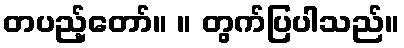
တပည့်တော်။ ။ တွက်ပြပါသည်။